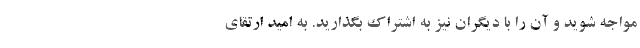
مواجه شوید و آن را با دیگران نیز به اشتراک بگذارید. به امید ارتقای